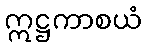
ဣဋ္ဌကာစယံ